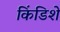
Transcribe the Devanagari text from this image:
किंडिशे